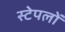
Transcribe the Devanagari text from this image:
स्टेपलों